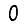
Digit: 0